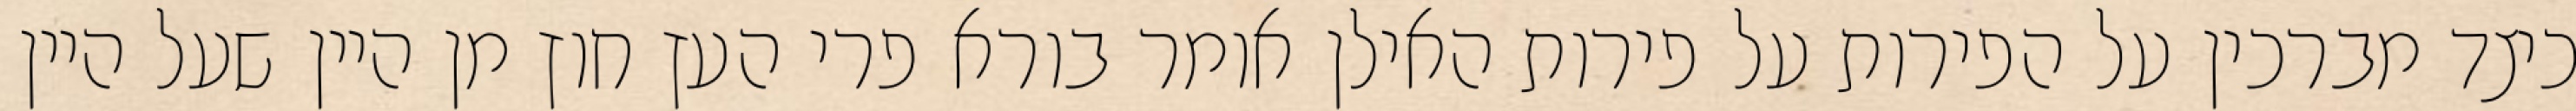
כיצד מברכין על הפירות על פירות האילן אומר בורא פרי העץ חוץ מן היין שעל היין